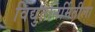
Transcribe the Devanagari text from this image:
विद्युतनिर्मितीला